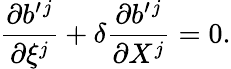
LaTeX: \frac{\partial b^{\prime}{}^{j}}{\partial\xi^{j}}+\delta\frac{\partial b^{\prime}{}^{j}}{\partial X^{j}}=0.